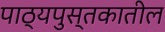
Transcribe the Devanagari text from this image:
पाठ्यपुस्तकातील